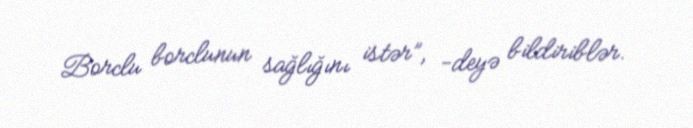
Borclu borclunun sağlığını istər”, -deyə bildiriblər.